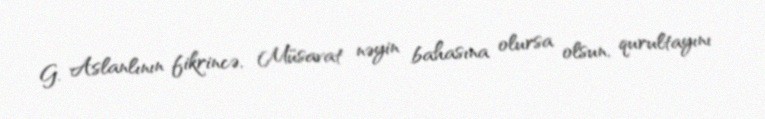
G. Aslanlının fikrincə, Müsavat nəyin bahasına olursa olsun, qurultayını